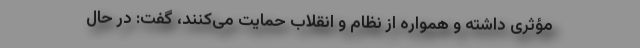
مؤثری داشته‌ و همواره از نظام و انقلاب حمایت می‌کنند، گفت: در حال